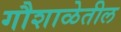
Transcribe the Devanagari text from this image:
गौशाळेतील